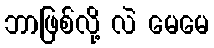
ဘာဖြစ်လို့ လဲ မေမေ